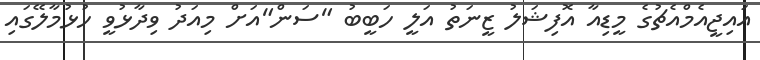
އައިޖީއެމްއެޗުގެ މީޑިއާ އޮފިޝަލު ޒީނަތު އަލީ ހަބީބު "ސަން"އަށް މިއަދު ވިދާޅުވީ ހުޅުމާލޭގައި